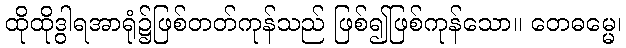
ထိုထိုဒွါရအာရုံ၌ဖြစ်တတ်ကုန်သည် ဖြစ်၍ဖြစ်ကုန်သော။ တေဓမ္မေ၊